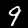
Label: 9